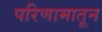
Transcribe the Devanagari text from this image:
परिणामातून